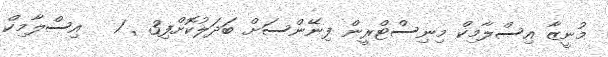
މުނީޒާ އިސްލާމިކް މިނިސްޓްރީން ފިނޭންސަށް ބަދަލުކޮށްފި3